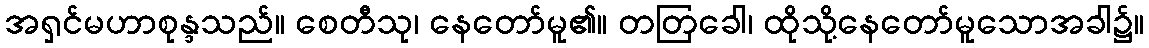
အရှင်မဟာစုန္ဒသည်။ စေတီသု၊ နေတော်မူ၏။ တတြခေါ၊ ထိုသို့နေတော်မူသောအခါ၌။